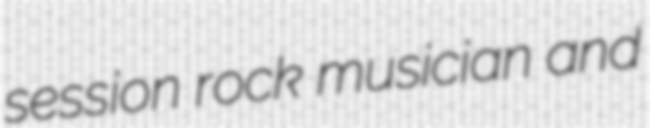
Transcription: session rock musician and